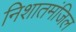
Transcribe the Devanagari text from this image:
निशातमंजिल